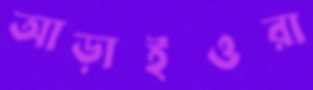
আড়াইওরা